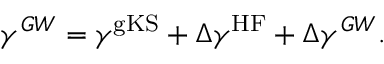
\gamma ^ { G W } = \gamma ^ { \mathrm { g K S } } + \Delta \gamma ^ { \mathrm { H F } } + \Delta \gamma ^ { G W } .